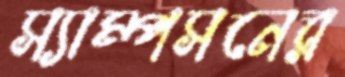
স্যাম্পসনের